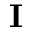
\mathbf { I }